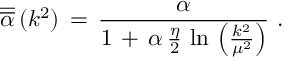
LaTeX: \overline { { { \overline { { { \alpha } } } } } } \, ( k ^ { 2 } ) \, = \, \frac { \alpha } { 1 \, + \, \alpha \, \frac { \eta } { 2 } \, \ln \, \left( \frac { k ^ { 2 } } { \mu ^ { 2 } } \right) } \, \, .